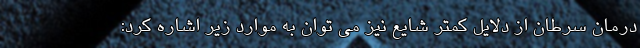
درمان سرطان از دلایل کمتر شایع نیز می توان به موارد زیر اشاره کرد: